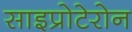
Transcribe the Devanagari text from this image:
साइप्रोटेरोन